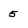
Character: 5